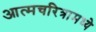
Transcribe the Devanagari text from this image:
आत्मचरित्रामध्ये